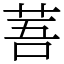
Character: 䓊